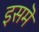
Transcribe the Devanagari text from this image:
इसमॆं